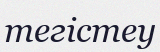
тегістеу